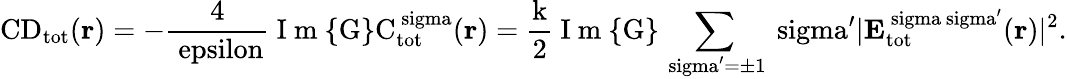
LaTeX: \mathrm{{CD}_{\mathrm{{tot}}}({\mathbf r})=-\frac{4}{\ epsilon}\mathrm{~I~m~}\{ G\} C_{\mathrm{{tot}}}^{\ sigma}({\mathbf r})=\frac{k}{2}\mathrm{~I~m~}\{ G\} \sum_{\ sigma^{\prime}=\pm 1}\ sigma^{\prime}|{\mathbf E}_{\mathrm{{tot}}}^{\ sigma\ sigma^{\prime}}({\mathbf r})|^{2}.}